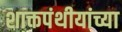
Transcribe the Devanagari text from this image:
शाक्तपंथीयांच्या